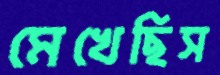
মেখেছিস